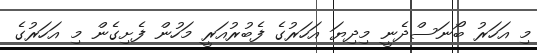
މި އަހަރު ބޯނަސްދެނީ މިދިޔަ އަހަރުގެ ފެބުރުއަރީ މަހުން ފެށިގެން މި އަހަރުގެ